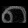
Digit: ၈